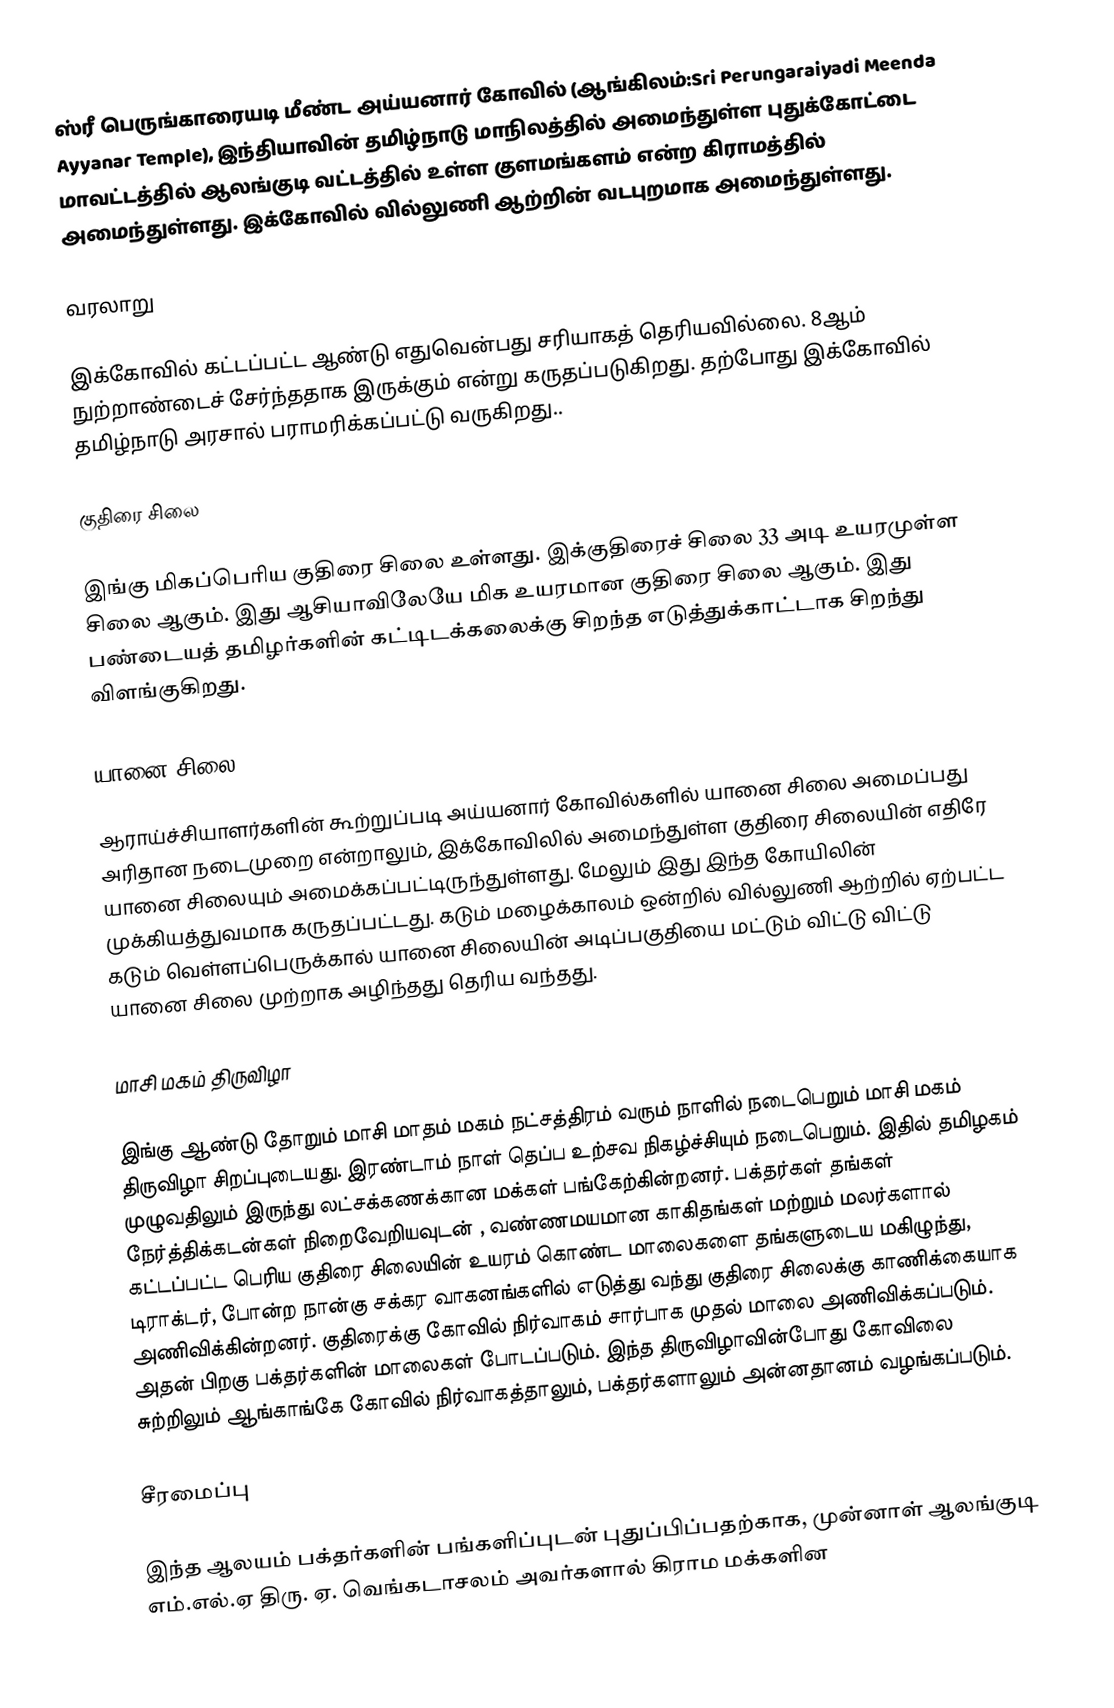
ஸ்ரீ பெருங்காரையடி மீண்ட அய்யனார் கோவில் (ஆங்கிலம்:Sri Perungaraiyadi Meenda Ayyanar Temple), இந்தியாவின் தமிழ்நாடு மாநிலத்தில் அமைந்துள்ள புதுக்கோட்டை மாவட்டத்தில் ஆலங்குடி வட்டத்தில் உள்ள குளமங்களம் என்ற கிராமத்தில் அமைந்துள்ளது. இக்கோவில் வில்லுணி ஆற்றின் வடபுறமாக அமைந்துள்ளது.

வரலாறு

இக்கோவில் கட்டப்பட்ட ஆண்டு எதுவென்பது சரியாகத் தெரியவில்லை. 8ஆம் நுற்றாண்டைச் சேர்ந்ததாக இருக்கும் என்று கருதப்படுகிறது. தற்போது இக்கோவில் தமிழ்நாடு அரசால் பராமரிக்கப்பட்டு வருகிறது..

குதிரை சிலை

இங்கு மிகப்பெரிய குதிரை சிலை உள்ளது. இக்குதிரைச் சிலை 33 அடி உயரமுள்ள சிலை ஆகும். இது ஆசியாவிலேயே மிக உயரமான குதிரை சிலை ஆகும். இது பண்டையத் தமிழர்களின் கட்டிடக்கலைக்கு சிறந்த எடுத்துக்காட்டாக சிறந்து விளங்குகிறது.

யானை சிலை

ஆராய்ச்சியாளர்களின் கூற்றுப்படி அய்யனார் கோவில்களில் யானை சிலை அமைப்பது அரிதான நடைமுறை என்றாலும்,  இக்கோவிலில் அமைந்துள்ள குதிரை சிலையின் எதிரே யானை சிலையும் அமைக்கப்பட்டிருந்துள்ளது. மேலும் இது இந்த கோயிலின் முக்கியத்துவமாக கருதப்பட்டது. கடும் மழைக்காலம் ஒன்றில் வில்லுணி ஆற்றில் ஏற்பட்ட கடும் வெள்ளப்பெருக்கால் யானை சிலையின் அடிப்பகுதியை மட்டும் விட்டு விட்டு யானை சிலை முற்றாக அழிந்தது தெரிய வந்தது.

மாசி மகம் திருவிழா

இங்கு ஆண்டு தோறும் மாசி மாதம் மகம் நட்சத்திரம் வரும் நாளில் நடைபெறும் மாசி மகம்  திருவிழா சிறப்புடையது. இரண்டாம் நாள் தெப்ப உற்சவ நிகழ்ச்சியும் நடைபெறும். இதில் தமிழகம் முழுவதிலும் இருந்து லட்சக்கணக்கான மக்கள் பங்கேற்கின்றனர். பக்தர்கள் தங்கள் நேர்த்திக்கடன்கள் நிறைவேறியவுடன் , வண்ணமயமான காகிதங்கள் மற்றும் மலர்களால் கட்டப்பட்ட பெரிய குதிரை சிலையின் உயரம் கொண்ட மாலைகளை தங்களுடைய மகிழுந்து, டிராக்டர், போன்ற நான்கு சக்கர வாகனங்களில் எடுத்து வந்து குதிரை சிலைக்கு காணிக்கையாக அணிவிக்கின்றனர். குதிரைக்கு கோவில் நிர்வாகம் சார்பாக முதல் மாலை அணிவிக்கப்படும். அதன் பிறகு பக்தர்களின் மாலைகள் போடப்படும். இந்த திருவிழாவின்போது கோவிலை சுற்றிலும் ஆங்காங்கே கோவில் நிர்வாகத்தாலும்,  பக்தர்களாலும் அன்னதானம் வழங்கப்படும்.

சீரமைப்பு

இந்த ஆலயம்  பக்தர்களின் பங்களிப்புடன் புதுப்பிப்பதற்காக, முன்னாள் ஆலங்குடி எம்.எல்.ஏ திரு. ஏ. வெங்கடாசலம் அவர்களால் கிராம மக்களின